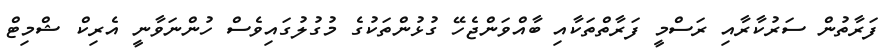
ފަރާތުން ސަރުކާރާއި ރަސްމީ ފަރާތްތަކާއި ބާއްވަންޖެހޭ ގުޅުންތަކުގެ މުގުލުގައިވެސް ހުންނަވާނީ އެރިކް ޝްމިޓް